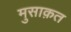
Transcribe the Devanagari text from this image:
मुसाक़त